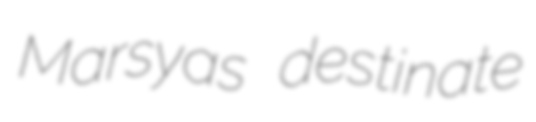
Marsyas destinate